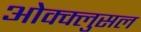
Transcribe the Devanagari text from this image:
ओक्क्लुसल